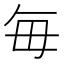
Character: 毎